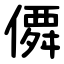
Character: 僲